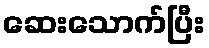
ဆေးသောက်ပြီး